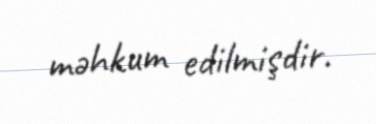
məhkum edilmişdir.